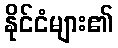
နိုင်ငံများ၏